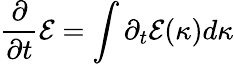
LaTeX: \frac{\partial}{\partial t}\mathcal{E}=\int\partial_{t}\mathcal{E}(\kappa)d\kappa